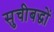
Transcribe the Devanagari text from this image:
सुचीबद्धों